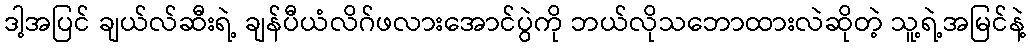
ဒါ့အပြင် ချယ်လ်ဆီးရဲ့ ချန်ပီယံလိဂ်ဖလားအောင်ပွဲကို ဘယ်လိုသဘောထားလဲဆိုတဲ့ သူ့ရဲ့အမြင်နဲ့